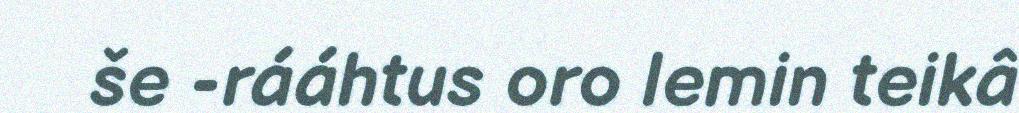
še -rááhtus oro lemin teikâ